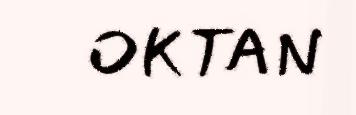
OKTAN